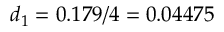
d _ { 1 } = 0 . 1 7 9 / 4 = 0 . 0 4 4 7 5